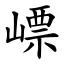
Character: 㟽